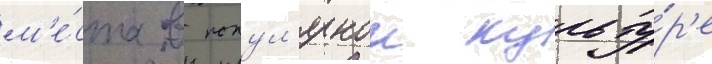
м'е́ста в попул'ярнои культу́р'е